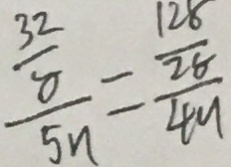
\frac { \frac { 3 2 } { 8 } } { 5 n } = \frac { \frac { 1 2 8 } { 2 8 } } { 4 9 }